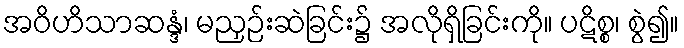
အဝိဟိသာဆန္ဒံ၊ မညှဉ်းဆဲခြင်း၌ အလိုရှိခြင်းကို။ ပဋိစ္စ၊ စွဲ၍။